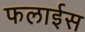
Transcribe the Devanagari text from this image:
फलाईस